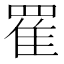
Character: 䍜